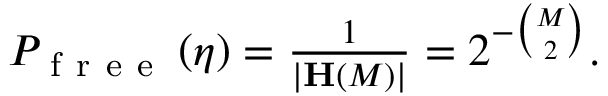
\begin{array} { r } { P _ { \mathrm { ~ f ~ r ~ e ~ e ~ } } \left( \eta \right) = \frac { 1 } { \vert \mathbf { H } \left( M \right) \vert } = 2 ^ { - \binom { M } { 2 } } . } \end{array}